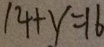
1 4 + y = 1 6